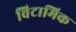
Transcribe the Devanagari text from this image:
विटामिक